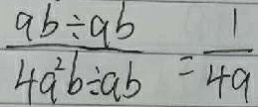
\frac { 9 b \div a b } { 4 a ^ { 2 } b \div a b } = \frac { 1 } { 4 a }